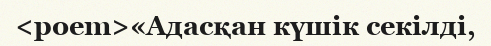
<poem>«Адасқан күшік секілді,